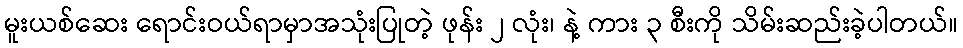
မူးယစ်ဆေး ရောင်းဝယ်ရာမှာအသုံးပြုတဲ့ ဖုန်း ၂ လုံး၊ နဲ့ ကား ၃ စီးကို သိမ်းဆည်းခဲ့ပါတယ်။